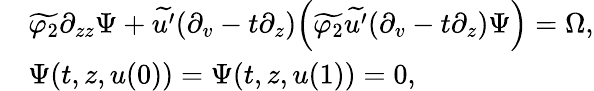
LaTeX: \begin{array}{rl}&{\widetilde{\varphi_{2}}\partial_{zz}\Psi+\widetilde{u^{\prime}}(\partial_{v}-t\partial_{z})\Big(\widetilde{\varphi_{2}}\widetilde{u^{\prime}}(\partial_{v}-t\partial_{z})\Psi\Big)=\Omega,}\\ &{\Psi(t,z,u(0))=\Psi(t,z,u(1))=0,}\end{array}